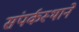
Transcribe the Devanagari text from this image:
संपर्कस्थाने